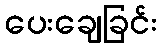
ပေးချေခြင်း